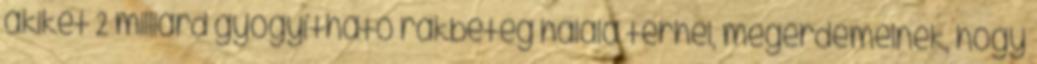
akiket 2 milliárd gyógyítható rákbeteg halála terhel, megérdemelnék, hogy